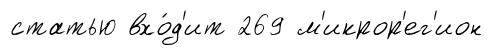
статью вхо́д'ит 269 м'икрор'ег'ион